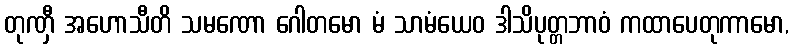
တုဏှီ အဟောသီတိ သမဏော ဂေါတမော မံ သာမံယေဝ ဒါသိပုတ္တဘာဝံ ကထာပေတုကာမော,